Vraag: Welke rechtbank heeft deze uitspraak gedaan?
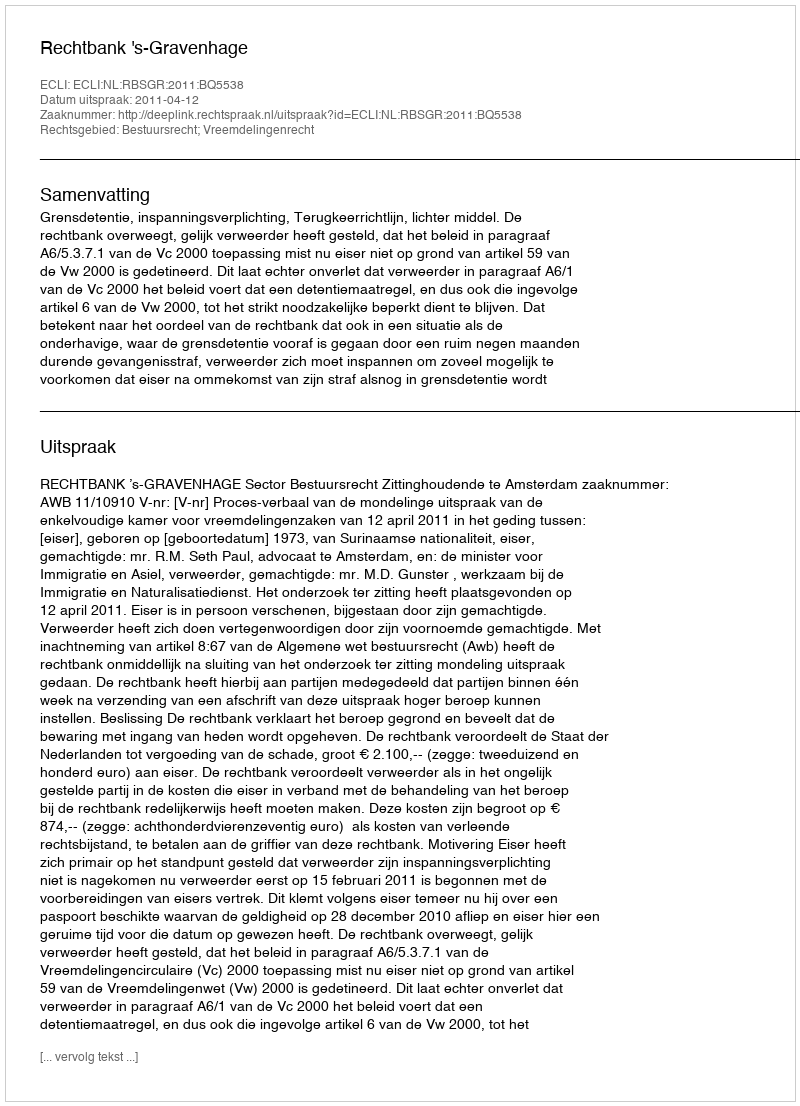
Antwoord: Rechtbank 's-Gravenhage